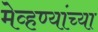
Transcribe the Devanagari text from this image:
मेव्हण्यांच्या